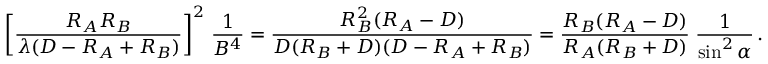
\left[ { \frac { R _ { A } R _ { B } } { \lambda ( D - R _ { A } + R _ { B } ) } } \right] ^ { 2 } \, { \frac { 1 } { B ^ { 4 } } } = { \frac { R _ { B } ^ { 2 } ( R _ { A } - D ) } { D ( R _ { B } + D ) ( D - R _ { A } + R _ { B } ) } } = { \frac { R _ { B } ( R _ { A } - D ) } { R _ { A } ( R _ { B } + D ) } } \; { \frac { 1 } { \sin ^ { 2 } \alpha } } \, .